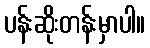
ပန်းဆိုးတန်းမှာပါ။